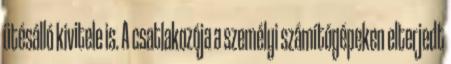
ütésálló kivitele is. A csatlakozója a személyi számítógépeken elterjedt